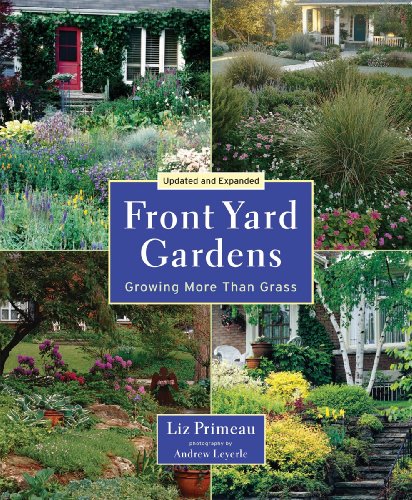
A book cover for Front Yard Gardens: Growing More Than Grass; Liz Primeau; Crafts, Hobbies & Home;